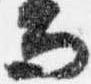
而